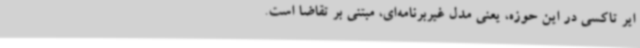
ایر تاکسی در این حوزه، یعنی مدل غیربرنامه‌ای، مبتنی بر تقاضا است.